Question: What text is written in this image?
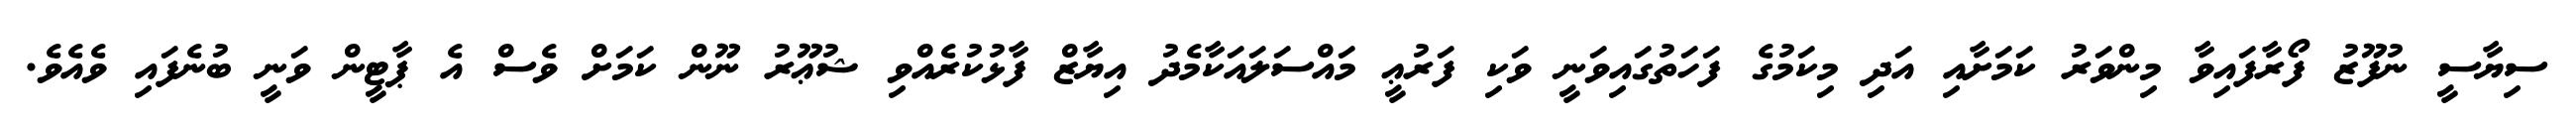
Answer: ސިޔާސީ ނުފޫޒު ފޯރާފައިވާ މިންވަރު ކަމަށާއި އަދި މިކަމުގެ ފަހަތުގައިވަނީ ވަކި ފަރުޢީ މައްސަލައަކާމެދު އިޔާޒް ފާޅުކުރެއްވި ޝުޢޫރު ނޫން ކަމަށް ވެސް އެ ޕާޓީން ވަނީ ބުނެފައި ވެއެވެ.